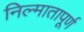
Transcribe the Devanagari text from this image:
निल्मातापूर्ण